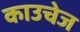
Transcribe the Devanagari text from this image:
काउचेज